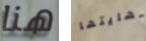
هنا نهايتها